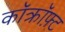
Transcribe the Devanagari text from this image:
कॉक्रॉफ़्ट